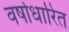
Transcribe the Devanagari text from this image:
वर्षाधारित